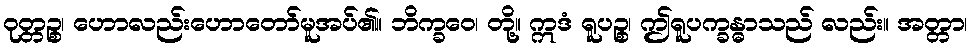
ဝုတ္တဉ္စ၊ ဟောလည်းဟောတော်မူအပ်၏။ ဘိက္ခဝေ၊ တို့။ ဣဒံ ရူပဉ္စ၊ ဤရူပက္ခန္ဓာသည် လည်း။ အတ္တာ၊